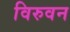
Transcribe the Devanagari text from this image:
विरुवन